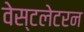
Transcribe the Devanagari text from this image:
वेस्टलेटरन